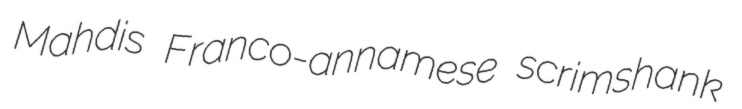
Mahdis Franco-annamese scrimshank